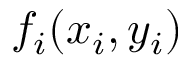
f _ { i } ( x _ { i } , y _ { i } )